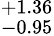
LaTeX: _{-0.95}^{+1.36}